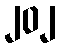
၂၀၂